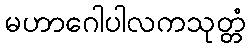
မဟာဂေါပါလကသုတ္တံ